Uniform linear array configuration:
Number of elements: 4
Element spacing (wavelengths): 0.25
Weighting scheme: uniform
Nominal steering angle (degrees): -60
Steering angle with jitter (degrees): -61.322
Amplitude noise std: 0.05
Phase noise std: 0.05

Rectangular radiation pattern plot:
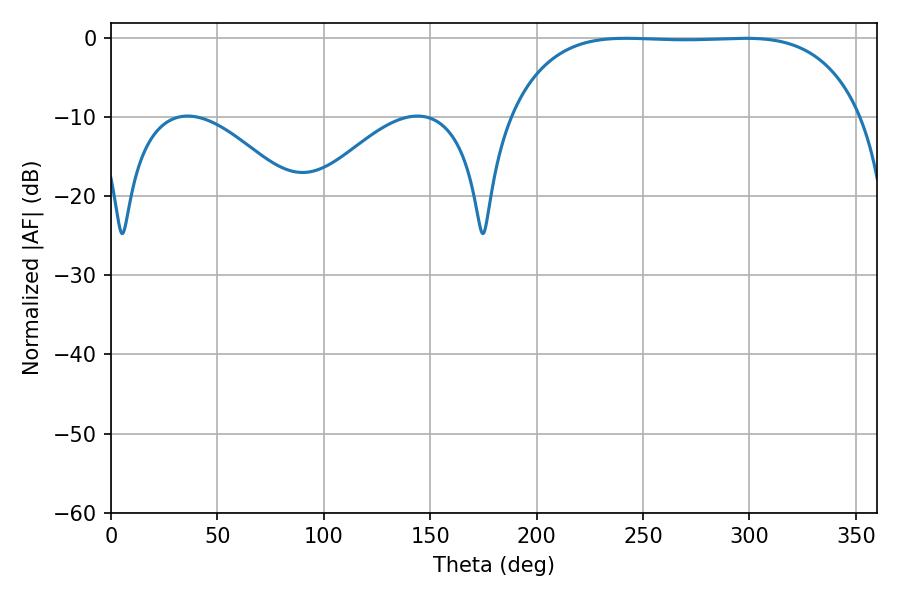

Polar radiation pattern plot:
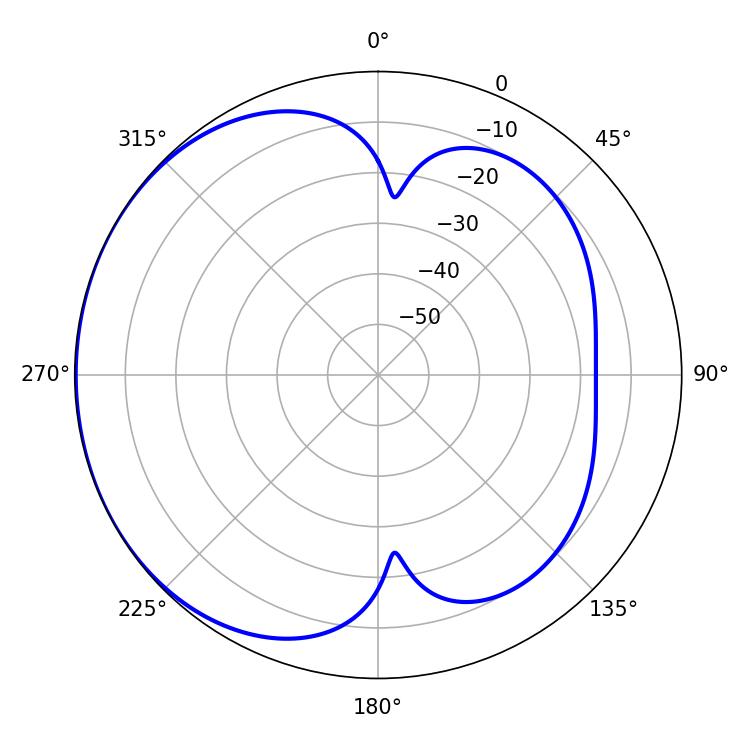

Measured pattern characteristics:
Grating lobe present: FALSE
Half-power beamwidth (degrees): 128.52
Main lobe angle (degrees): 242.1